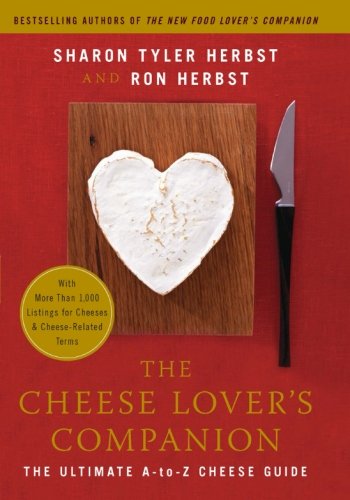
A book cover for The Cheese Lover's Companion: The Ultimate A-to-Z Cheese Guide with More Than 1,000 Listings for Cheeses and Cheese-Related Terms; Sharon Tyler Herbst; Cookbooks, Food & Wine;